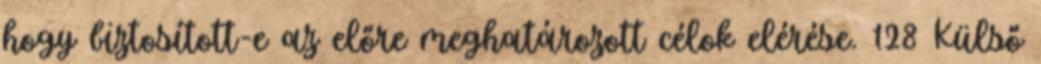
hogy biztosított-e az előre meghatározott célok elérése. 128 Külső